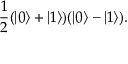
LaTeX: { \frac { 1 } { 2 } } ( | 0 \rangle + | 1 \rangle ) ( | 0 \rangle - | 1 \rangle ) .